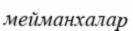
мейманхалар